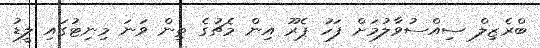
ބްރެޒިލް ސިއްސުވާލުމަށް ފަހު ޕެރޫ އިން މެޗުގެ ތިން ވަނަ މިނިޓުގައި ލީޑު